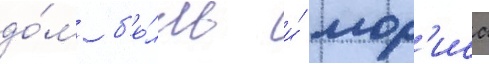
до́м б'е́лль и́ мор'иса